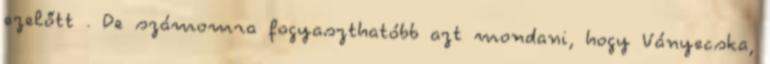
ezelőtt . De számomra fogyaszthatóbb azt mondani, hogy Ványecska,